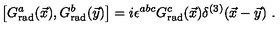
\left[ G _ { \mathrm { r a d } } ^ { a } ( \vec { x } ) , G _ { \mathrm { r a d } } ^ { b } ( \vec { y } ) \right] = i \epsilon ^ { a b c } G _ { \mathrm { r a d } } ^ { c } ( \vec { x } ) \delta ^ { ( 3 ) } ( \vec { x } - \vec { y } ) \ .